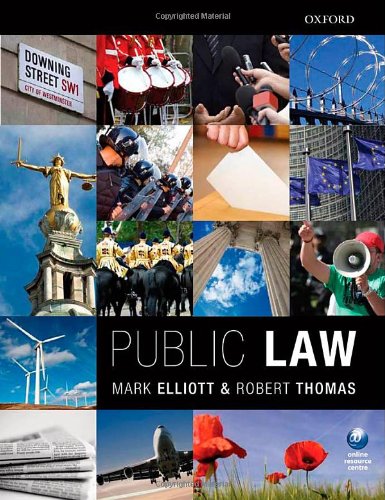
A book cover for Public Law; Mark Elliott; Law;